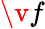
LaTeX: \v{f}